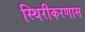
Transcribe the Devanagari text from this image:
स्थिरीकरणास